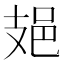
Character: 𨙾